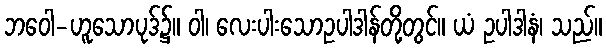
ဘဝေါ-ဟူသောပုဒ်၌။ ဝါ၊ လေးပါးသောဥပါဒါန်တို့တွင်။ ယံ ဥပါဒါနံ၊ သည်။